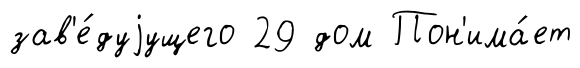
зав'е́дуjущего 29 дом Пон'има́ет